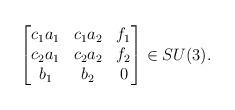
LaTeX: \begin{align*}\begin{bmatrix}c_1a_1&c_1a_2&f_1\\c_2a_1&c_2a_2&f_2\\b_1&b_2&0\end{bmatrix}\in SU(3).\end{align*}